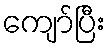
ကျော်ပြီး